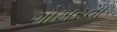
ગોખરવા